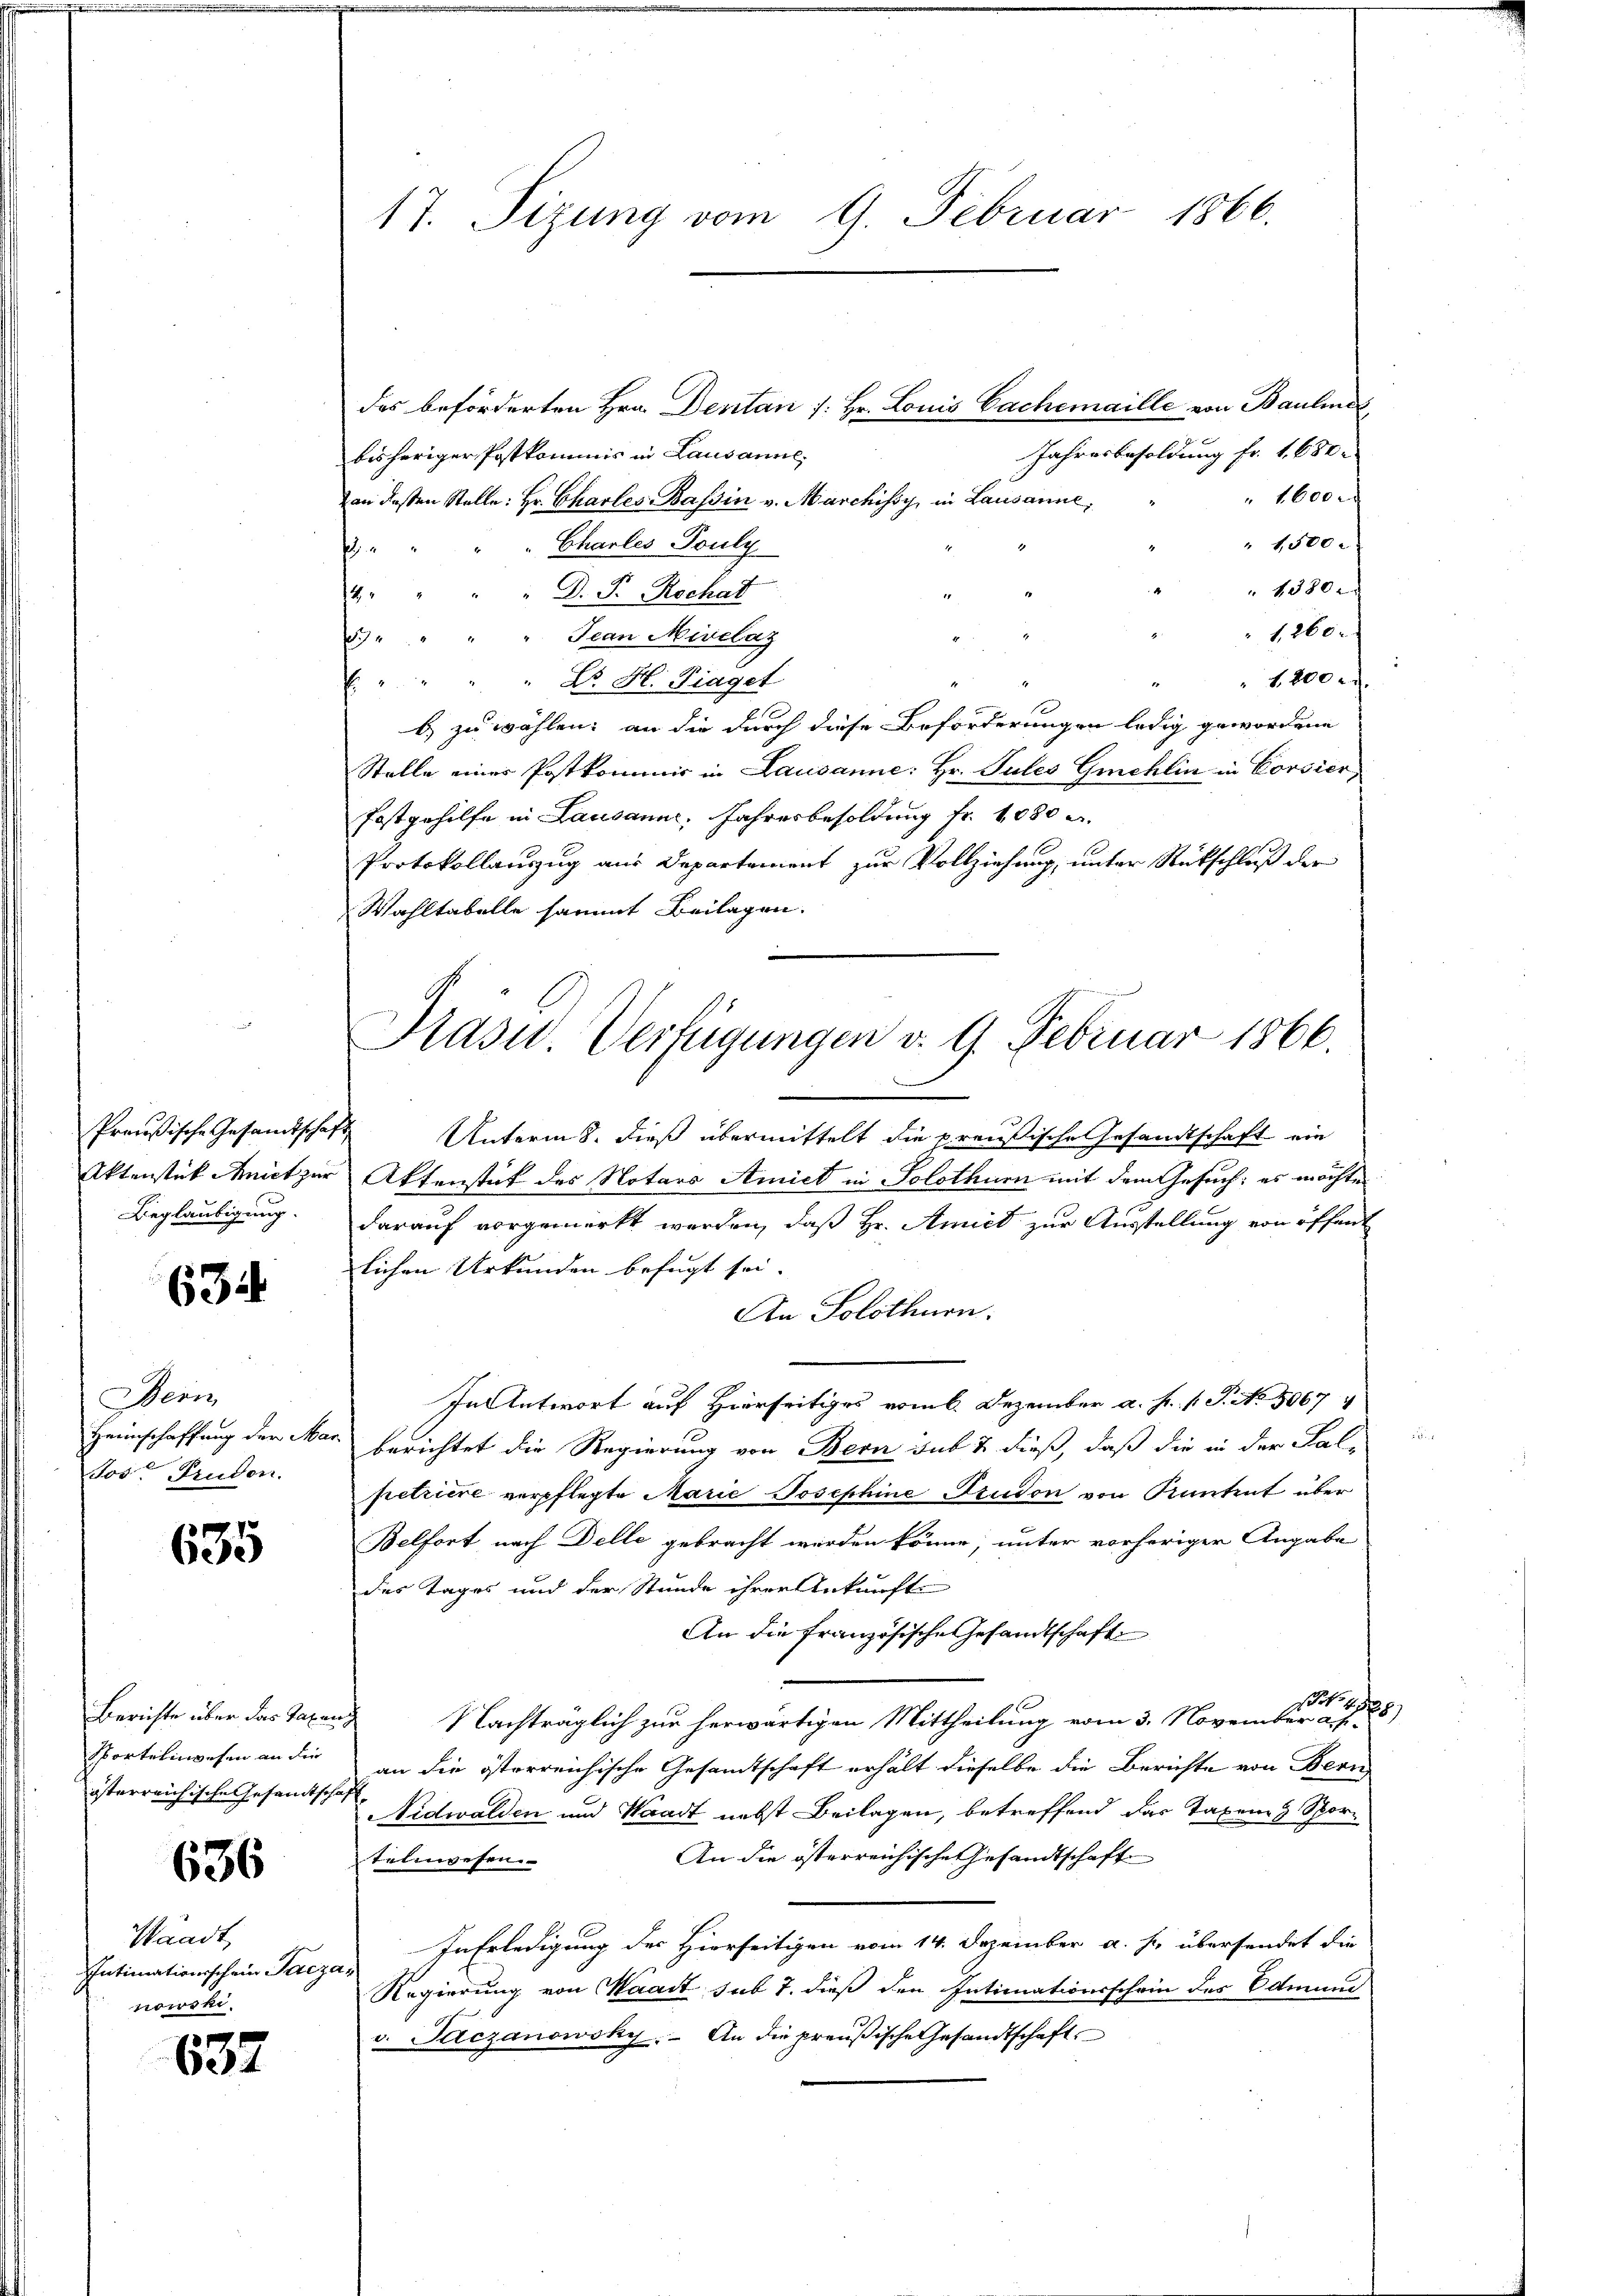
Preußische Gesandtschaf
Beglaubigung.

634

Bern
Heimschaffung der Mar
Jos. Prudon.

635

Berichte über das Taxanz
Sportelingehen an die
österreichische Gesandtschaft,

636

Waadt,
Intimationsschein Pacze
nowski.

637

des beförderten Hrn. Dentan /: Hr. Louis Cachemaille von Bauline
Jahresbesoldung fr. 1680.
bisheriger Postkommis in Lausanne,
 1600.
von dessen Stelle: Hr. Charles assin v. Marchissy, in Lausanne,
1,500.
Chartes Souly.
s
 1380.
 D. P. Rochat
12
1260.
5.) " " " " Jean Nivelaz
" 1. 200
. " " " " Dr. H. Traget
b) zu wählen; an die durch diese Beförderungen ledig gewordene
Stelle einer Postkommis in Lausanne: Hr. Pules Griechlin in Corsier,
Postgehilfe in Lausanne, Jahresbesoldung fr. 1080 u.
Protokollaŭszŭg aŭs Departement zŭr Vollziehŭng ŭnter Rückschlŭβ der
Wahltabelle sammt Beilagen.

17. Sizung vom 9. Februar 1866.

Präsid.. Verfügungen d. 9. Februar 1866.

Unterm 8. dieß übermittelt die preußische Gesandtschaft ein
Aktenstück Mnict zur Aktenstück des Notars Amiet in Solothurn mit dem Gesuch; es möchte
darauf vorgemerkt werden, daß Hr. Amict zur Ausstellung von öffent
lichen Urkunden befugt sei.
An Solothurn.
In Antwort auf Hierseitiges vom 6. Dezember a. f. (T. No. 5067 4
berichtet die Regierung von Bern sub & dieß, daß die in der Fal-
petriere verpflegte Marie Josephine Studon von Kantent über
Belfort nach Delle gebracht werden könne, unter vorheriger Angabe
des Tages und der Stunde ihrer Ankunft
An die französische Gesandtschaft
S 42
Nachträglich zur herwärtigen Mittheilung vom 3. November a. f.
an die österreichische Gesamtschaft erhält dieselbe die Berichte von Bern
Nidwalden und Waadt nebst Beilagen, betreffend das Taxen Spor¬
An die österreichische Gesandtschaft
telnwesen
In Erledigung des Hierseitigen vom 14. Dezember a. s. übersendet die
Regierung von Waadt sub 7. dieß den Intimationsschein des Edmund
v. Paczanowsky. An die preußische Gesandtschaft

8)